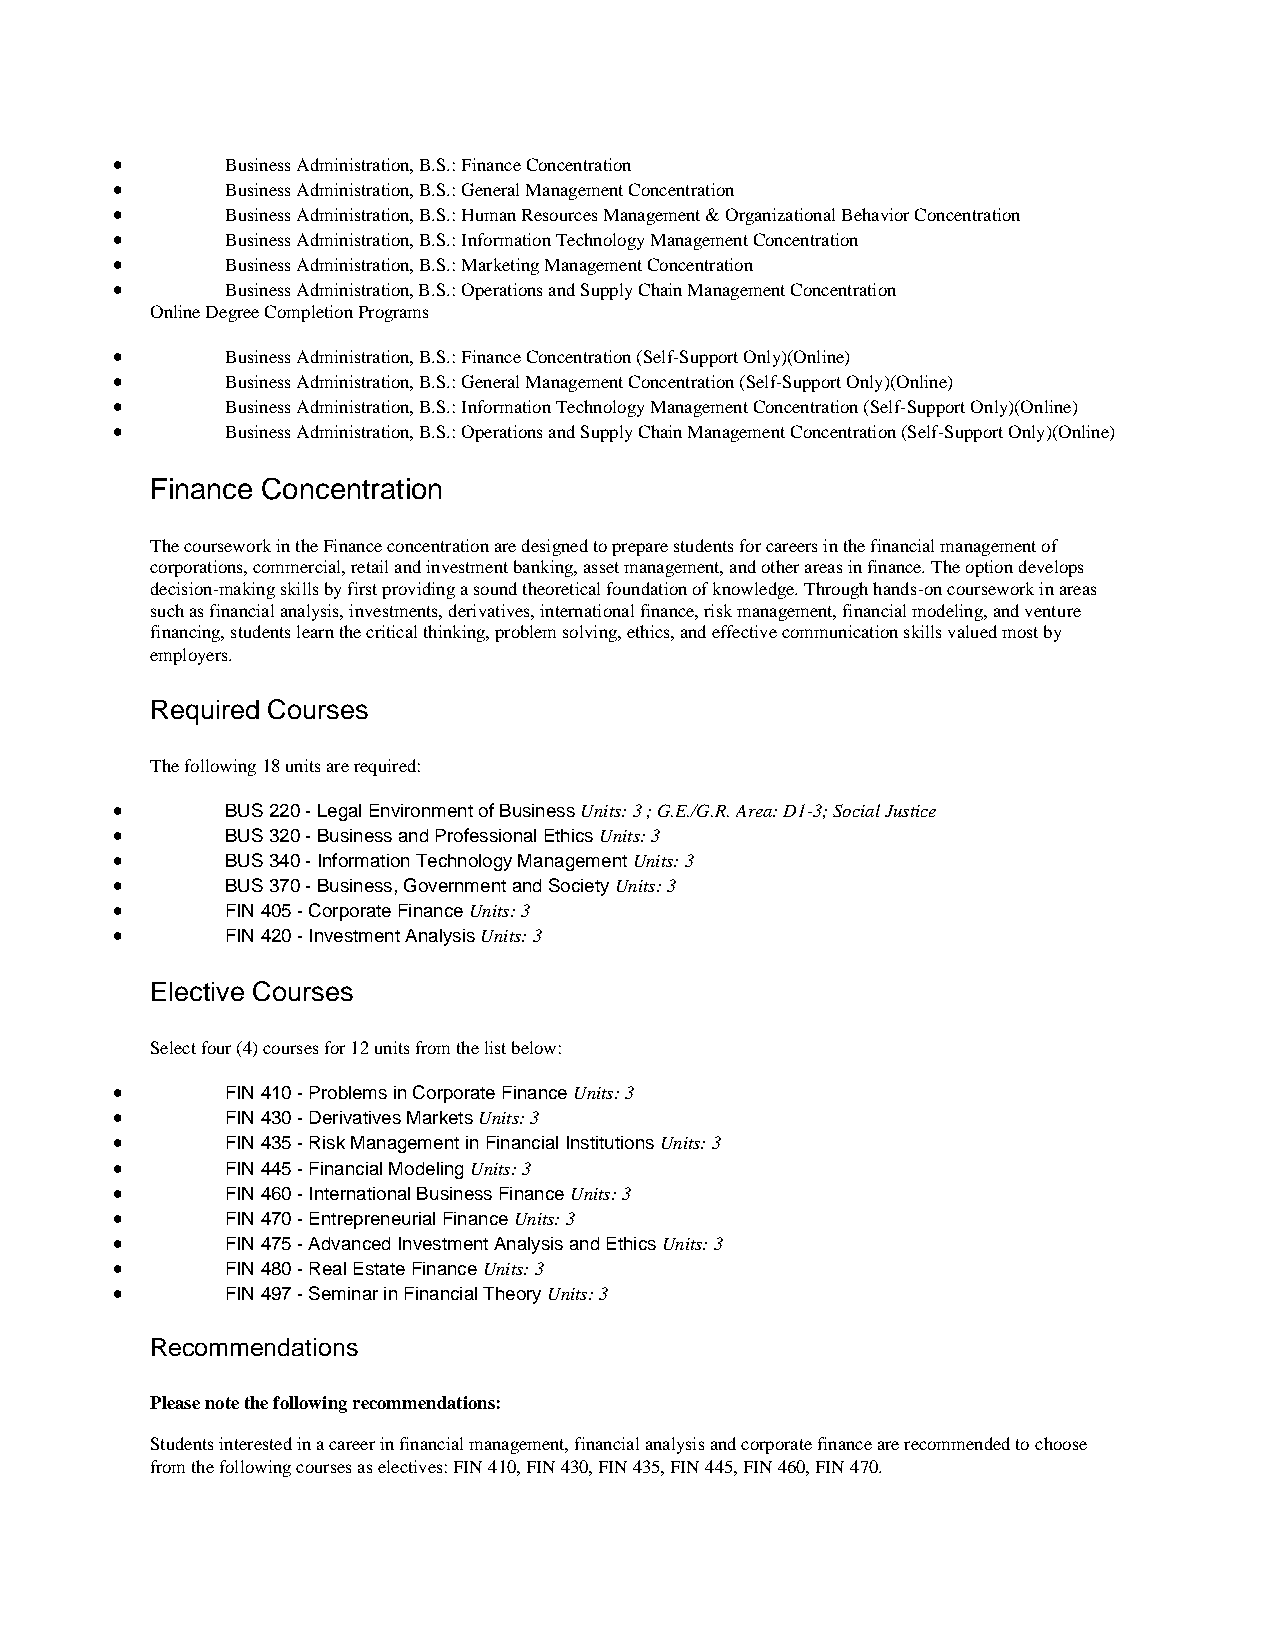
•       Business Administration, B.S.: Finance Concentration
 •       Business Administration, B.S.: General Management Concentration
 •       Business Administration, B.S.: Human Resources Management & Organizational Behavior Concentration
 •       Business Administration, B.S.: Information Technology Management Concentration
 •       Business Administration, B.S.: Marketing Management Concentration
 •       Business Administration, B.S.: Operations and Supply Chain Management Concentration
 Online Degree Completion Programs
 •       Business Administration, B.S.: Finance Concentration (Self-Support Only)(Online)
 •       Business Administration, B.S.: General Management Concentration (Self-Support Only)(Online)
 •       Business Administration, B.S.: Information Technology Management Concentration (Self-Support Only)(Online)
 •       Business Administration, B.S.: Operations and Supply Chain Management Concentration (Self-Support Only)(Online)
 Finance Concentration
 The coursework in the Finance concentration are designed to prepare students for careers in the financial management of
 corporations, commercial, retail and investment banking, asset management, and other areas in finance. The option develops
 decision-making skills by first providing a sound theoretical foundation of knowledge. Through hands-on coursework in areas
 such as financial analysis, investments, derivatives, international finance, risk management, financial modeling, and venture
 financing, students learn the critical thinking, problem solving, ethics, and effective communication skills valued most by
 employers.
 Required Courses
 The following 18 units are required:
 •       BUS 220 - Legal Environment of Business Units: 3 ; G.E./G.R. Area: D1-3; Social Justice
 •       BUS 320 - Business and Professional Ethics Units: 3
 •       BUS 340 - Information Technology Management Units: 3
 •       BUS 370 - Business, Government and Society Units: 3
 •       FIN 405 - Corporate Finance Units: 3
 •       FIN 420 - Investment Analysis Units: 3
 Elective Courses
 Select four (4) courses for 12 units from the list below:
 •       FIN 410 - Problems in Corporate Finance Units: 3
 •       FIN 430 - Derivatives Markets Units: 3
 •       FIN 435 - Risk Management in Financial Institutions Units: 3
 •       FIN 445 - Financial Modeling Units: 3
 •       FIN 460 - International Business Finance Units: 3
 •       FIN 470 - Entrepreneurial Finance Units: 3
 •       FIN 475 - Advanced Investment Analysis and Ethics Units: 3
 •       FIN 480 - Real Estate Finance Units: 3
 •       FIN 497 - Seminar in Financial Theory Units: 3
 Recommendations
 Please note the following recommendations:
 Students interested in a career in financial management, financial analysis and corporate finance are recommended to choose
 from the following courses as electives: FIN 410, FIN 430, FIN 435, FIN 445, FIN 460, FIN 470.